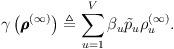
LaTeX: \begin{align*} \gamma\left( \pmb{\rho}^{(\infty)} \right) \triangleq \sum_{u=1}^{V} \beta_u \tilde{p}_u \rho_u^{(\infty)}.\end{align*}